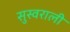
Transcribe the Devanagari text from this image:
सुस्वराली